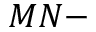
M N -